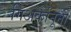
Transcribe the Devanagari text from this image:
गिअर्कानूनी